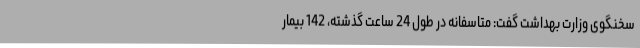
سخنگوی وزارت بهداشت گفت: متاسفانه در طول 24 ساعت گذشته، 142 بیمار